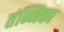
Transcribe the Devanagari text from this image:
तंन्निका